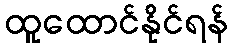
ထူထောင်နိုင်ရန်